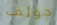
جولف